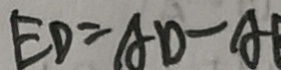
E D = A D - A